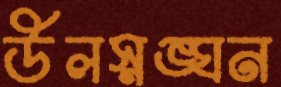
উলস্নঙ্ঘন